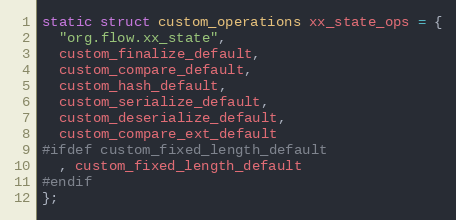
Language: C
static struct custom_operations xx_state_ops = {
  "org.flow.xx_state",
  custom_finalize_default,
  custom_compare_default,
  custom_hash_default,
  custom_serialize_default,
  custom_deserialize_default,
  custom_compare_ext_default
#ifdef custom_fixed_length_default
  , custom_fixed_length_default
#endif
};